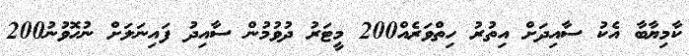
ކާމިޔާބާ އެކު ސާއިދަށް އިތުރު ހިތްވަރެއް200 މީޓަރު ދުވުމުން ސާއިދު ފައިނަލަށް ނުހޮވުނު200